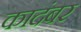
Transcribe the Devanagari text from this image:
कादंबर